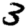
Digit: 3